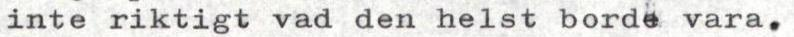
inte riktigt vad den helst borde vara.